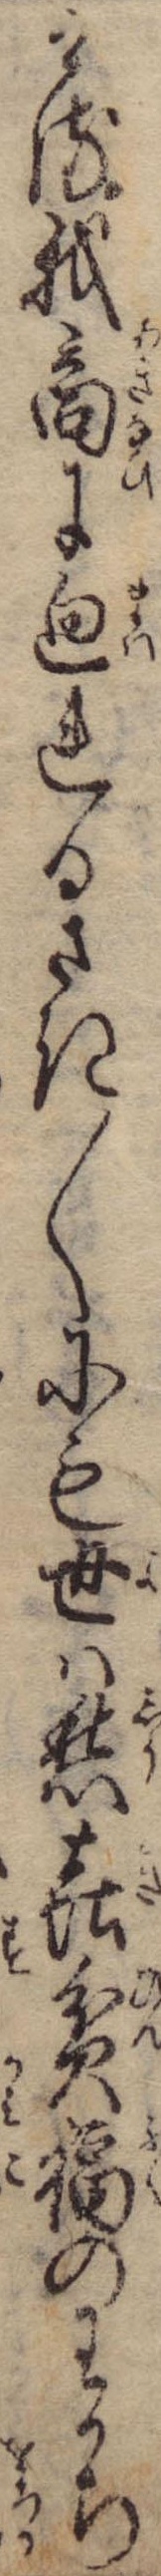
ける我商に廻れるさき〱にも世は愁㐂貧福のわかち